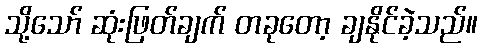
သို့သော် ဆုံးဖြတ်ချက် တခုတော့ ချနိုင်ခဲ့သည်။